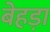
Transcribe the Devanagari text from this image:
बेहड़ा